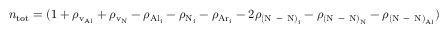
n _ { \mathrm { t o t } } = ( { 1 + \rho _ { \mathrm { v _ { A l } } } + \rho _ { \mathrm { v _ { N } } } - \rho _ { \mathrm { { A l } _ { i } } } - \rho _ { \mathrm { { N } _ { i } } } - \rho _ { \mathrm { { A r } _ { i } } } - 2 \rho _ { \mathrm { { ( N \mathrm { ~ - ~ } N ) } _ { i } } } - \rho _ { \mathrm { { ( N \mathrm { ~ - ~ } N ) } _ { N } } } - \rho _ { \mathrm { { ( N \mathrm { ~ - ~ } N ) } _ { A l } } } } ) ^ { - 1 } { n _ { \mathrm { t o t } } ^ { \mathrm { i d e a l } } }